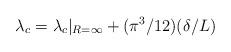
LaTeX: \begin{align*}\lambda_c =\lambda_{c}|_{R=\infty}+(\pi^3 /12)(\delta /L)\end{align*}